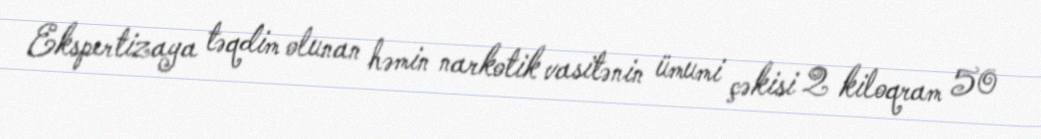
Ekspertizaya təqdim olunan həmin narkotik vasitənin ümumi çəkisi 2 kiloqram 50